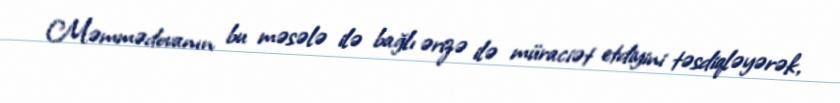
Məmmədovanın bu məsələ ilə bağlı ərizə ilə müraciət etdiyini təsdiqləyərək,